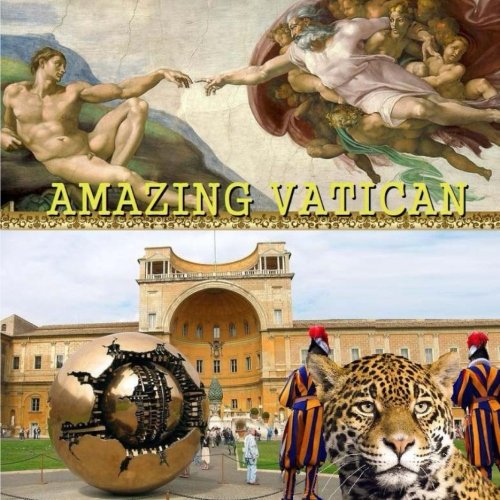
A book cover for Amazing Vatican; Richard Matevosyan; Travel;